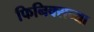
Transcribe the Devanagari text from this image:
फिनिक्सच्या